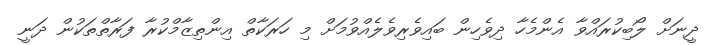
ދީނަށް ލޯބިކުރައްވާ އެންމެހާ ދިވެހިން ބައިވެރިވެލެއްވުމަށް މި ހަރަކާތް އިންތިޒާމްކުރާ ފަރާތްތަކުން ދަނީ